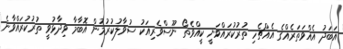
އަބަދު އެއްވަތަރެއްގެ އެއްޗެހި ތުރުކުރައްވަނީ ކީއްވެތޯ ނޫސްވެރިއަކު ސުވާލުކުރުމުން އޮބާމާ ވިދާޅުވީ ތުރުކުރައްވާނެ